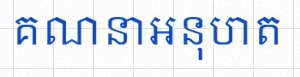
គណនាអនុបាត